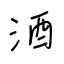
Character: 酒